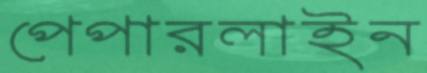
পেপারলাইন